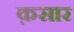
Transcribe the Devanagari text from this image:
क़सार